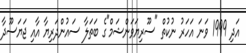
އަދި 1999 ވަނަ އަހަރު ނުކުތް "ސޫރިޔަވަންޝަމް"ގެ ބަތަލާ ސައުންދަރިޔާ އާއި ޖަޔަސޫދާ